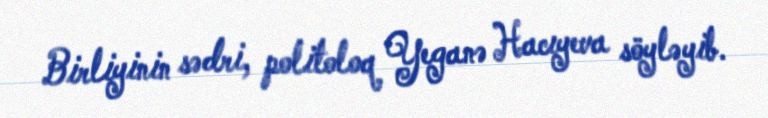
Birliyinin sədri, politoloq Yeganə Hacıyeva söyləyib.